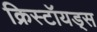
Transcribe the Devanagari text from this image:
क्रिस्टॉयड्स